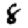
Digit: 8